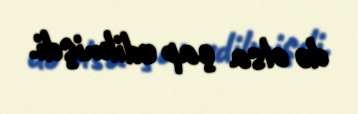
də olsa çap edilmişdi.